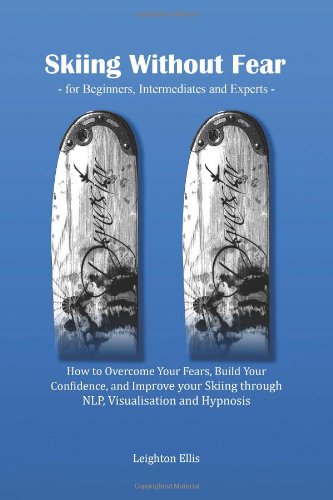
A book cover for Skiing without Fear - for Beginners, Intermediates and Experts: How to Overcome Your Fears, Build Your Confidence, and Improve your Skiing through NLP, Visualisation and Hypnosis; Leighton Ellis; Sports & Outdoors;